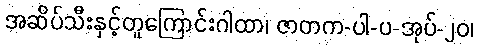
အဆိပ်သီးနှင့်တူကြောင်းဂါထာ၊ ဇာတက-ပါ-ပ-အုပ်-၂၀၊